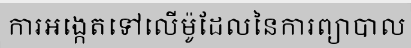
ការអង្កេតទៅលើម៉ូដែលនៃការព្យាបាល